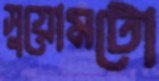
সুয়োমটো